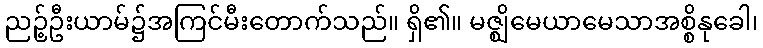
ညဉ့်ဦးယာမ်၌အကြင်မီးတောက်သည်။ ရှိ၏။ မဇ္ဈိမေယာမေသာအစ္စိနုခေါ၊